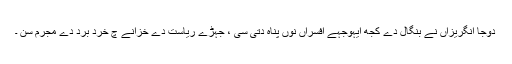
دوجا انگریزاں نے بنگال دے کجھ ایہوجہے افسراں نوں پناہ دتی سی ، جہڑے ریاست دے خزانے چ خرد برد دے مجرم سن ۔